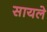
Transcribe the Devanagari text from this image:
सायले